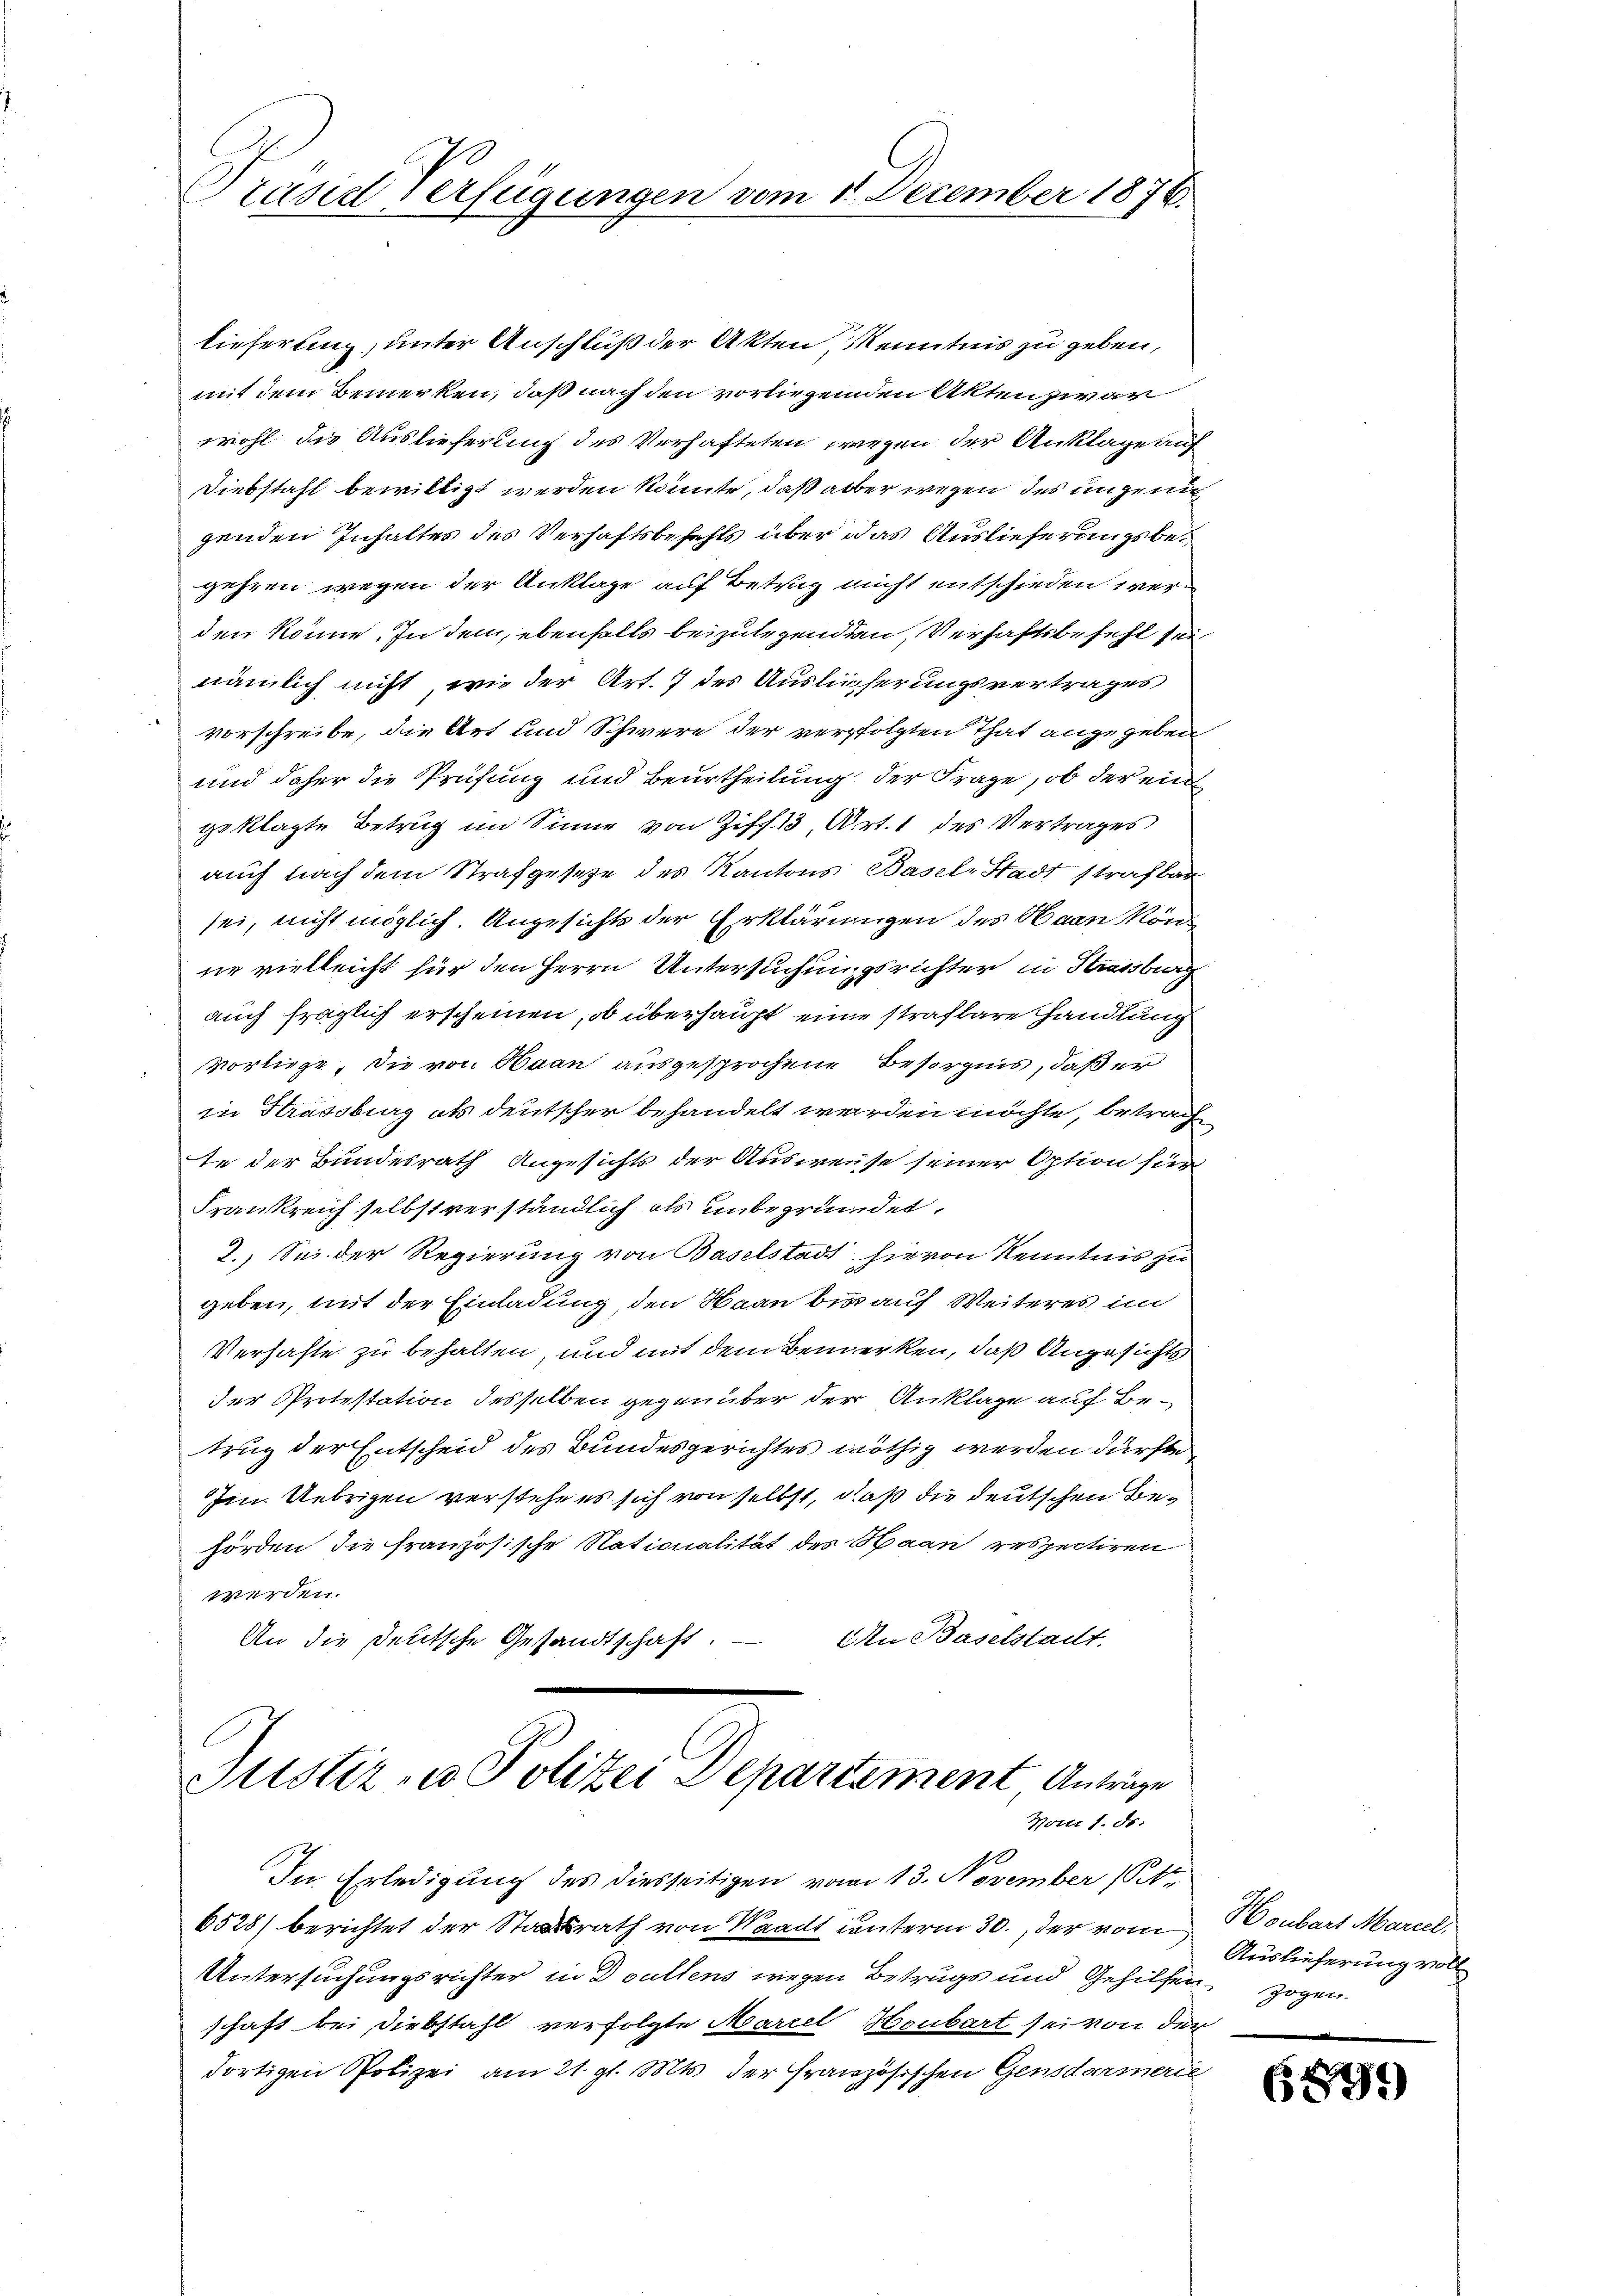
Präsid Verfügungen vom 1. December 1876.

lieferung, unter Anschluß der Akten, Kenntnis zu geben,
mit dem Bemerken, daß nach den vorliegenden Akten zwar
wohl die Auslieferung des Verhafteten wegen der Anklage auf
Diebstahl bewilligt werden könnte, daß aber wegen des ungeni
genden Inhaltes des Verhaftsbefehls über das Auslieferungsbegehren wegen der Anklage auf Betrug nicht entschieden werden könne. In dem, ebenfalls beizulegenden, Verhaftsbefehl sei
nämlich nicht, wie der Art. 7 des Auslieferungsvertrages
vorschreibe, die Art und Schwere der verfolgten That angegeben
und daher die Prüfung und Beurtheilung der Frage, ob der ein
geklagte Betrug im Sinne von Ziff. 13, Art. 1 des Vertrages
auch nach dem Strafgesetze des Kantons Basel-Stadt strafbar
sei, nicht möglich. Angesichts der Erklärungen des Haan könne vielleicht für den Herrn Untersuchungsrichter in Strassburg
auch fraglich erscheinen, ob überhaupt eine strafbare handlung
vorliege, die von Haan ausgesprochene Besorgnis, daß er
in Strassburg als deutscher behandelt werden möchte, betrach
te der Bundesrath Angesichts der Ausweise seiner Option für
Frankreich selbst verständlich als unbegründet.
7. Sei der Regierung von Baselstadt hievon Kenntnis zu
geben, mit der Einladung, den Maau bis auf Weiteres in
Verhafte zu behalten und mit dem Bemerken, daß Angesichts
der Protestation desselben gegenüber der Anklage auf Betrug der Entscheid des Bundesgerichtes nöthig werden dürfte,
Im. Uebrigen verstehe es sich von selbst, daß die deutschen Behörden die französische Nationalität des Haan respectiren
werden.
An Baselstadt.
An die Deutsche Gesandtschaft.
Justiz- u Polizei Departement Anträge

Vom 1. ds.

In Erledigung des diesseitigen vom 13. November (S.
6528) berichtet der Staatsrath von Waadt unterm 30., der vom Honbart Mariel
Untersuchungsrichter in Doullens wegen Betrugs und Gehilfen zogen.
schaft bei Diebstahl verfolgte Mariel Houbart sei von der
dortigen Polizei am 21. gl. Mts. der Französischen Gensdarmerie

Auslieferung voll

6599